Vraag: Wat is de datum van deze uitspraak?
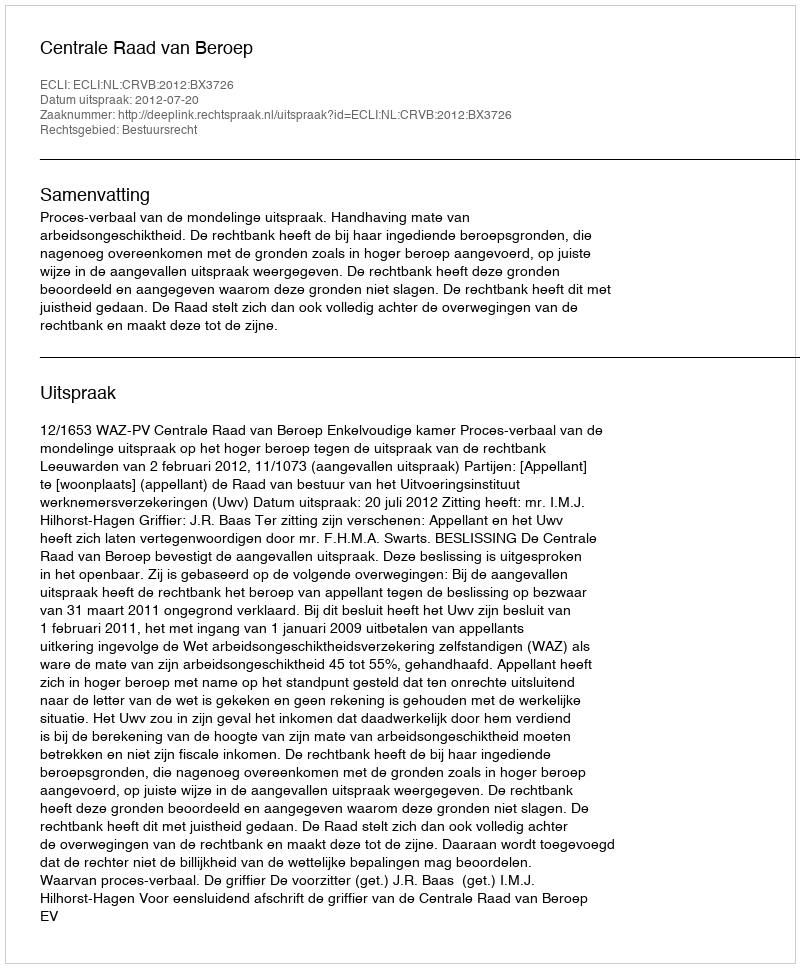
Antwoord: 2012-07-20